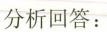
分析回答：